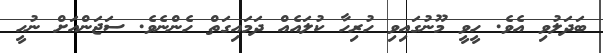
ބަދަލުވި އެވެ. ހީވީ މޫނުގައިވި ހުރިހާ ކުލައެއް ދަމައިގަތް ހެންނެވެ. ސަޖަންއަށް ނުހީ